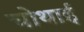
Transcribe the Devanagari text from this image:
चोथाई